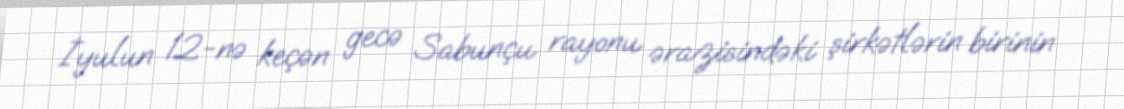
İyulun 12-nə keçən gecə Sabunçu rayonu ərazisindəki şirkətlərin birinin